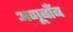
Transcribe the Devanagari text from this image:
अणूबाँब